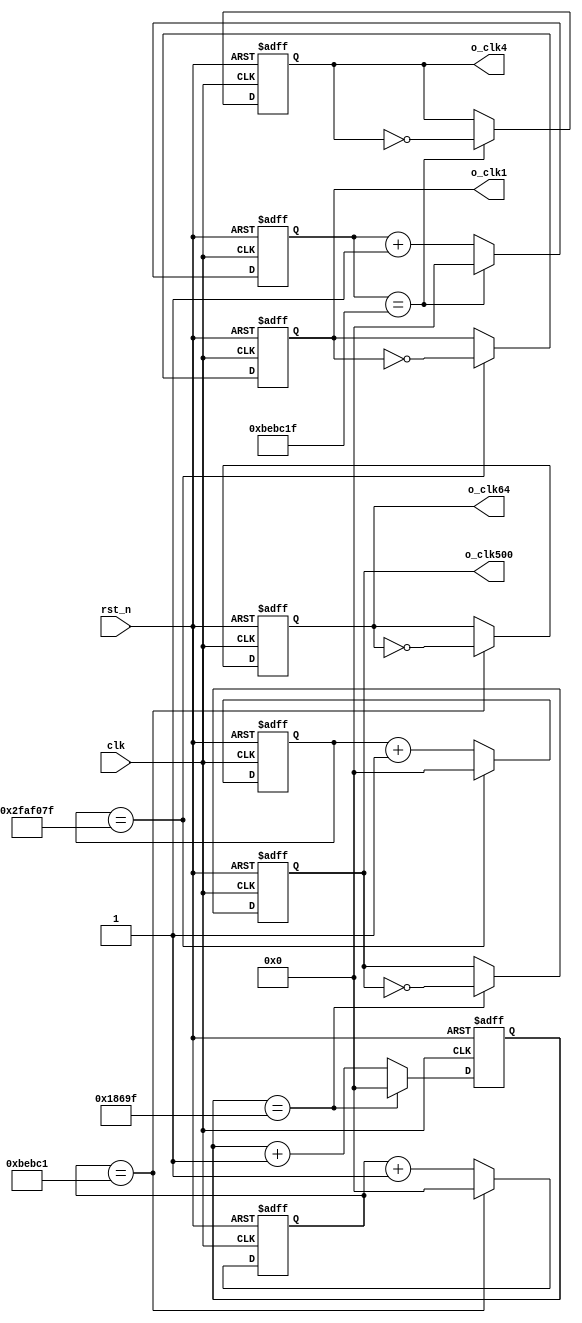
`timescale 1ns / 1ps

module clock_div(
    input clk,
    input rst_n,
    output reg o_clk1,
    output reg o_clk4,
    output reg o_clk64,
    output reg o_clk500
    );

    reg [27:0] cnt1;
    reg [27:0] cnt4;
    reg [27:0] cnt64;
    reg [27:0] cnt500;
    
    parameter cnts1 = 100000000;
    parameter cnts4 = 25000000;
    parameter cnts64 = 1562500;
    parameter cnts500 = 200000;
    
    always @(posedge clk, negedge rst_n) begin
    if (~rst_n) begin
        cnt1 <= 0;
        cnt4 <= 0;
        cnt64 <= 0;
        cnt500 <= 0;
        o_clk1<=0;
        o_clk4<=0;
        o_clk64<=0;
        o_clk500<=0;
    end
    else begin
        if (cnt1 == (cnts1>>1)-1) begin
            cnt1 <= 0;
            o_clk1 <= ~o_clk1;
        end
        else
            cnt1 <= cnt1+1;
        if (cnt4 == (cnts4>>1)-1) begin
            cnt4 <= 0;
            o_clk4 <= ~o_clk4;
        end
        else
            cnt4 <= cnt4+1;
        if (cnt64 == (cnts64>>1)-1) begin
            cnt64 <= 0;
            o_clk64 <= ~o_clk64;
        end
        else
            cnt64 <= cnt64+1;
        if (cnt500 == (cnts500>>1)-1) begin
            cnt500 <= 0;
            o_clk500 <= ~o_clk500;
        end
        else
            cnt500 <= cnt500+1;
    end
    end
    
endmodule